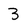
Character: 3